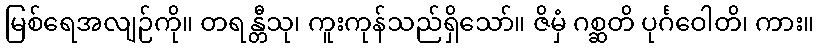
မြစ်ရေအလျဉ်ကို။ တရန္တီသု၊ ကူးကုန်သည်ရှိသော်။ ဇိမှံ ဂစ္ဆတိ ပုင်္ဂဝေါတိ၊ ကား။